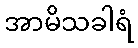
အာမိသခါရံ